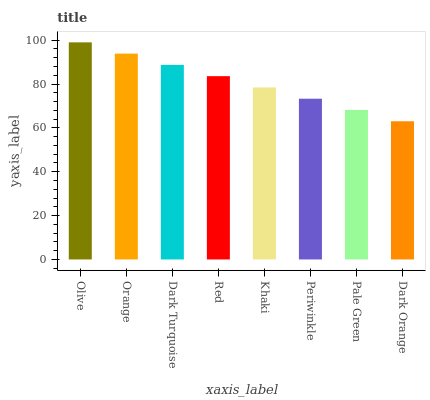
| xaxis_label | bars |
 | --- | --- |
 | Olive | 99 |
 | Orange | 93.9 |
 | Dark Turquoise | 88.7 |
 | Red | 83.6 |
 | Khaki | 78.4 |
 | Periwinkle | 73.3 |
 | Pale Green | 68.2 |
 | Dark Orange | 63 |